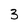
Character: 3